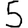
Digit: 5